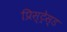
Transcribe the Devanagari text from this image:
प्रिस्ट्रेस्ड